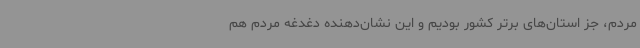
مردم، جز استان‌های برتر کشور بودیم و این نشان‌دهنده دغدغه مردم هم